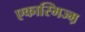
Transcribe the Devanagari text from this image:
एकास्मिज्म़